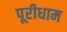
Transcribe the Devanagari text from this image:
पूरीधाम